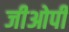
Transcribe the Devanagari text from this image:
जीओपी